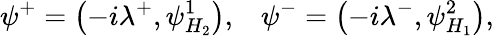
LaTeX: \psi^{+}=\left(-i\lambda^{+},\psi_{H_{2}}^{1}\right),\; \; \; \psi^{-}=\left(-i\lambda^{-},\psi_{H_{1}}^{2}\right),